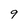
Character: 9